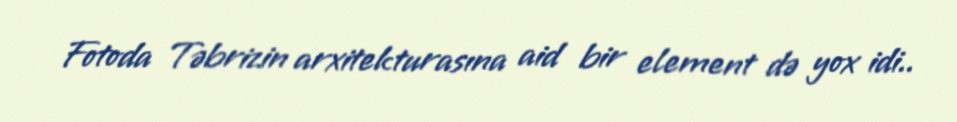
Fotoda Təbrizin arxitekturasına aid bir element də yox idi..